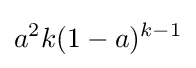
a^{2}k(1-a)^{k-1}